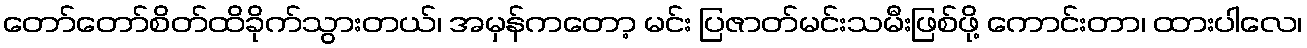
တော်တော်စိတ်ထိခိုက်သွားတယ်၊ အမှန်ကတော့ မင်း ပြဇာတ်မင်းသမီးဖြစ်ဖို့ ကောင်းတာ၊ ထားပါလေ၊